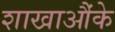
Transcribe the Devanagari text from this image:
शाखाऔंके